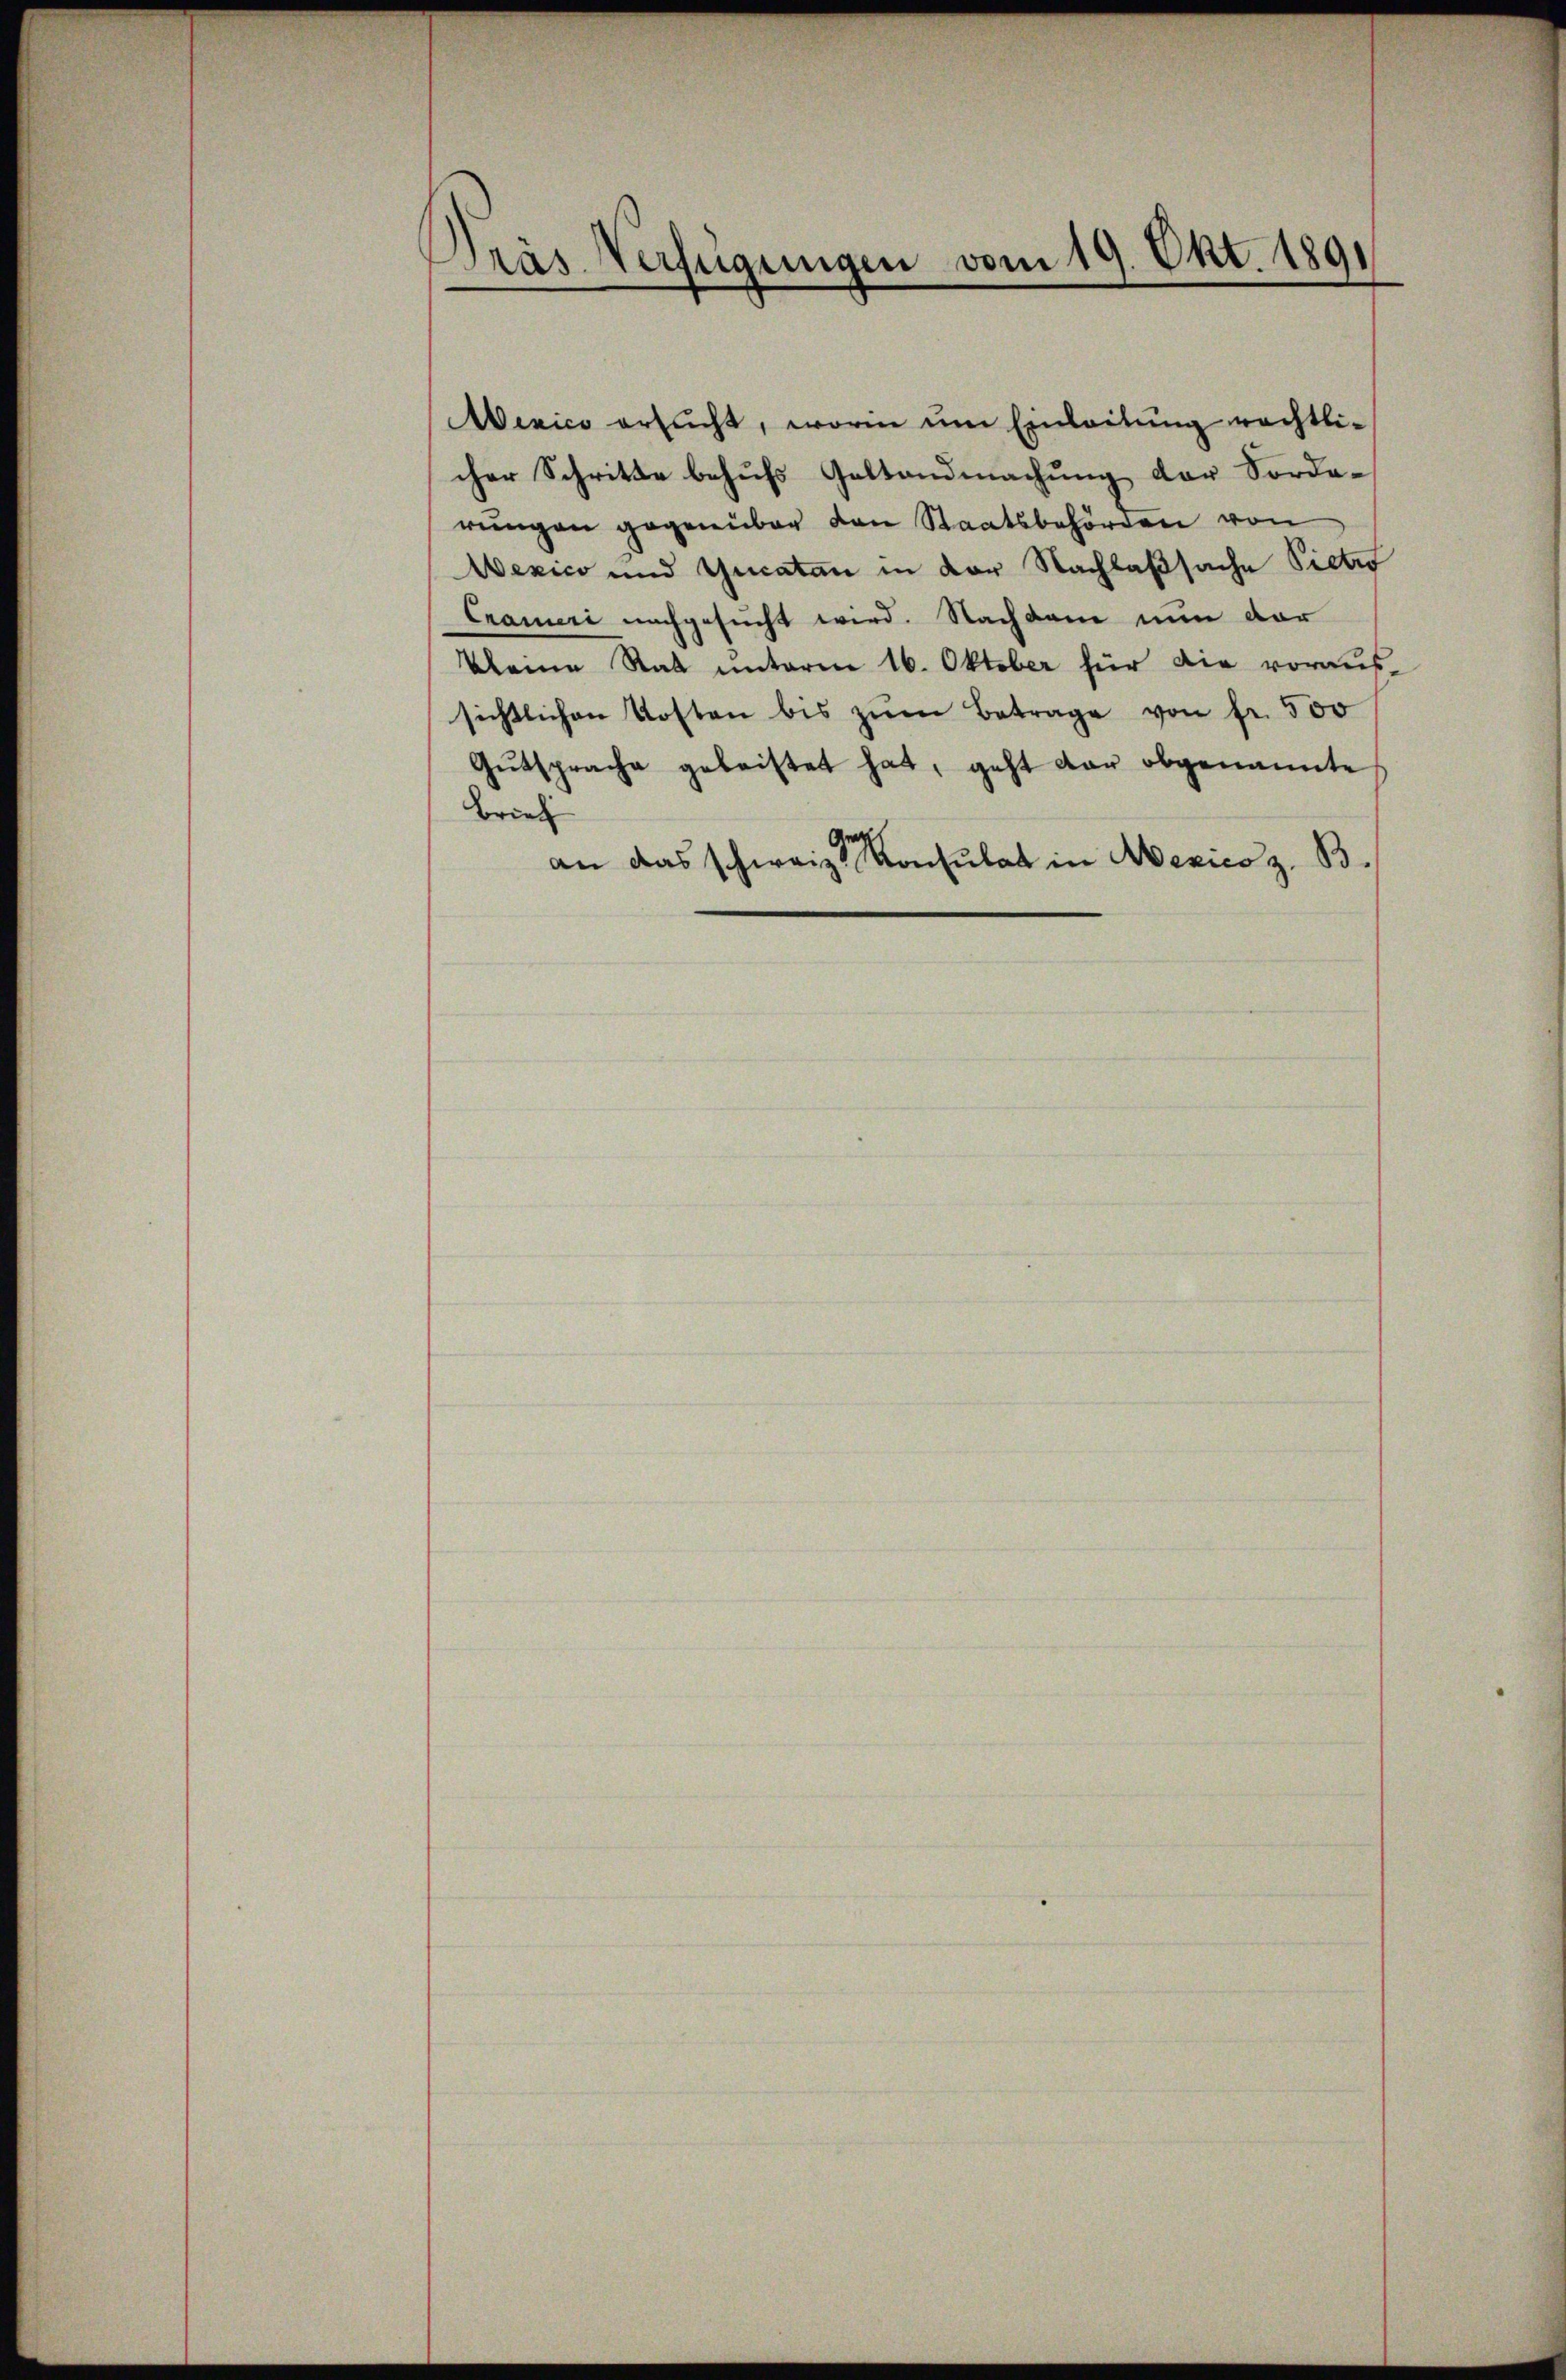
Dräs Verfügungen vom 19. Okt. 1891

Wexico ersucht, worin ŭm Einleitung rechtlicher Schritte behufs Gestandmachung der Forde-
rungen gegenüber den Staatsbehörden von
Wexico und Gucaten in der Nachlaßsache Pietro
Crameri nachgesucht wird. Nachdem nun dar
kleine Rat unterm 16. Oktober für die voraus-
sichtlichen Kosten bis zŭm Betrage von fr. 500
Gŭtsprache geleistet hat, geht dar obgenannte
Brief
an das schweiz. Konsulat in Mexico z. B.